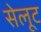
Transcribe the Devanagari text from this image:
सेलूट